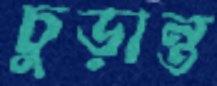
চুড়ান্ত